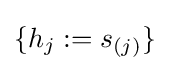
\{h_{j}:=s_{(j)}\}